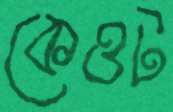
কেওট